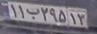
۱۱ب۲۹۵۱۳